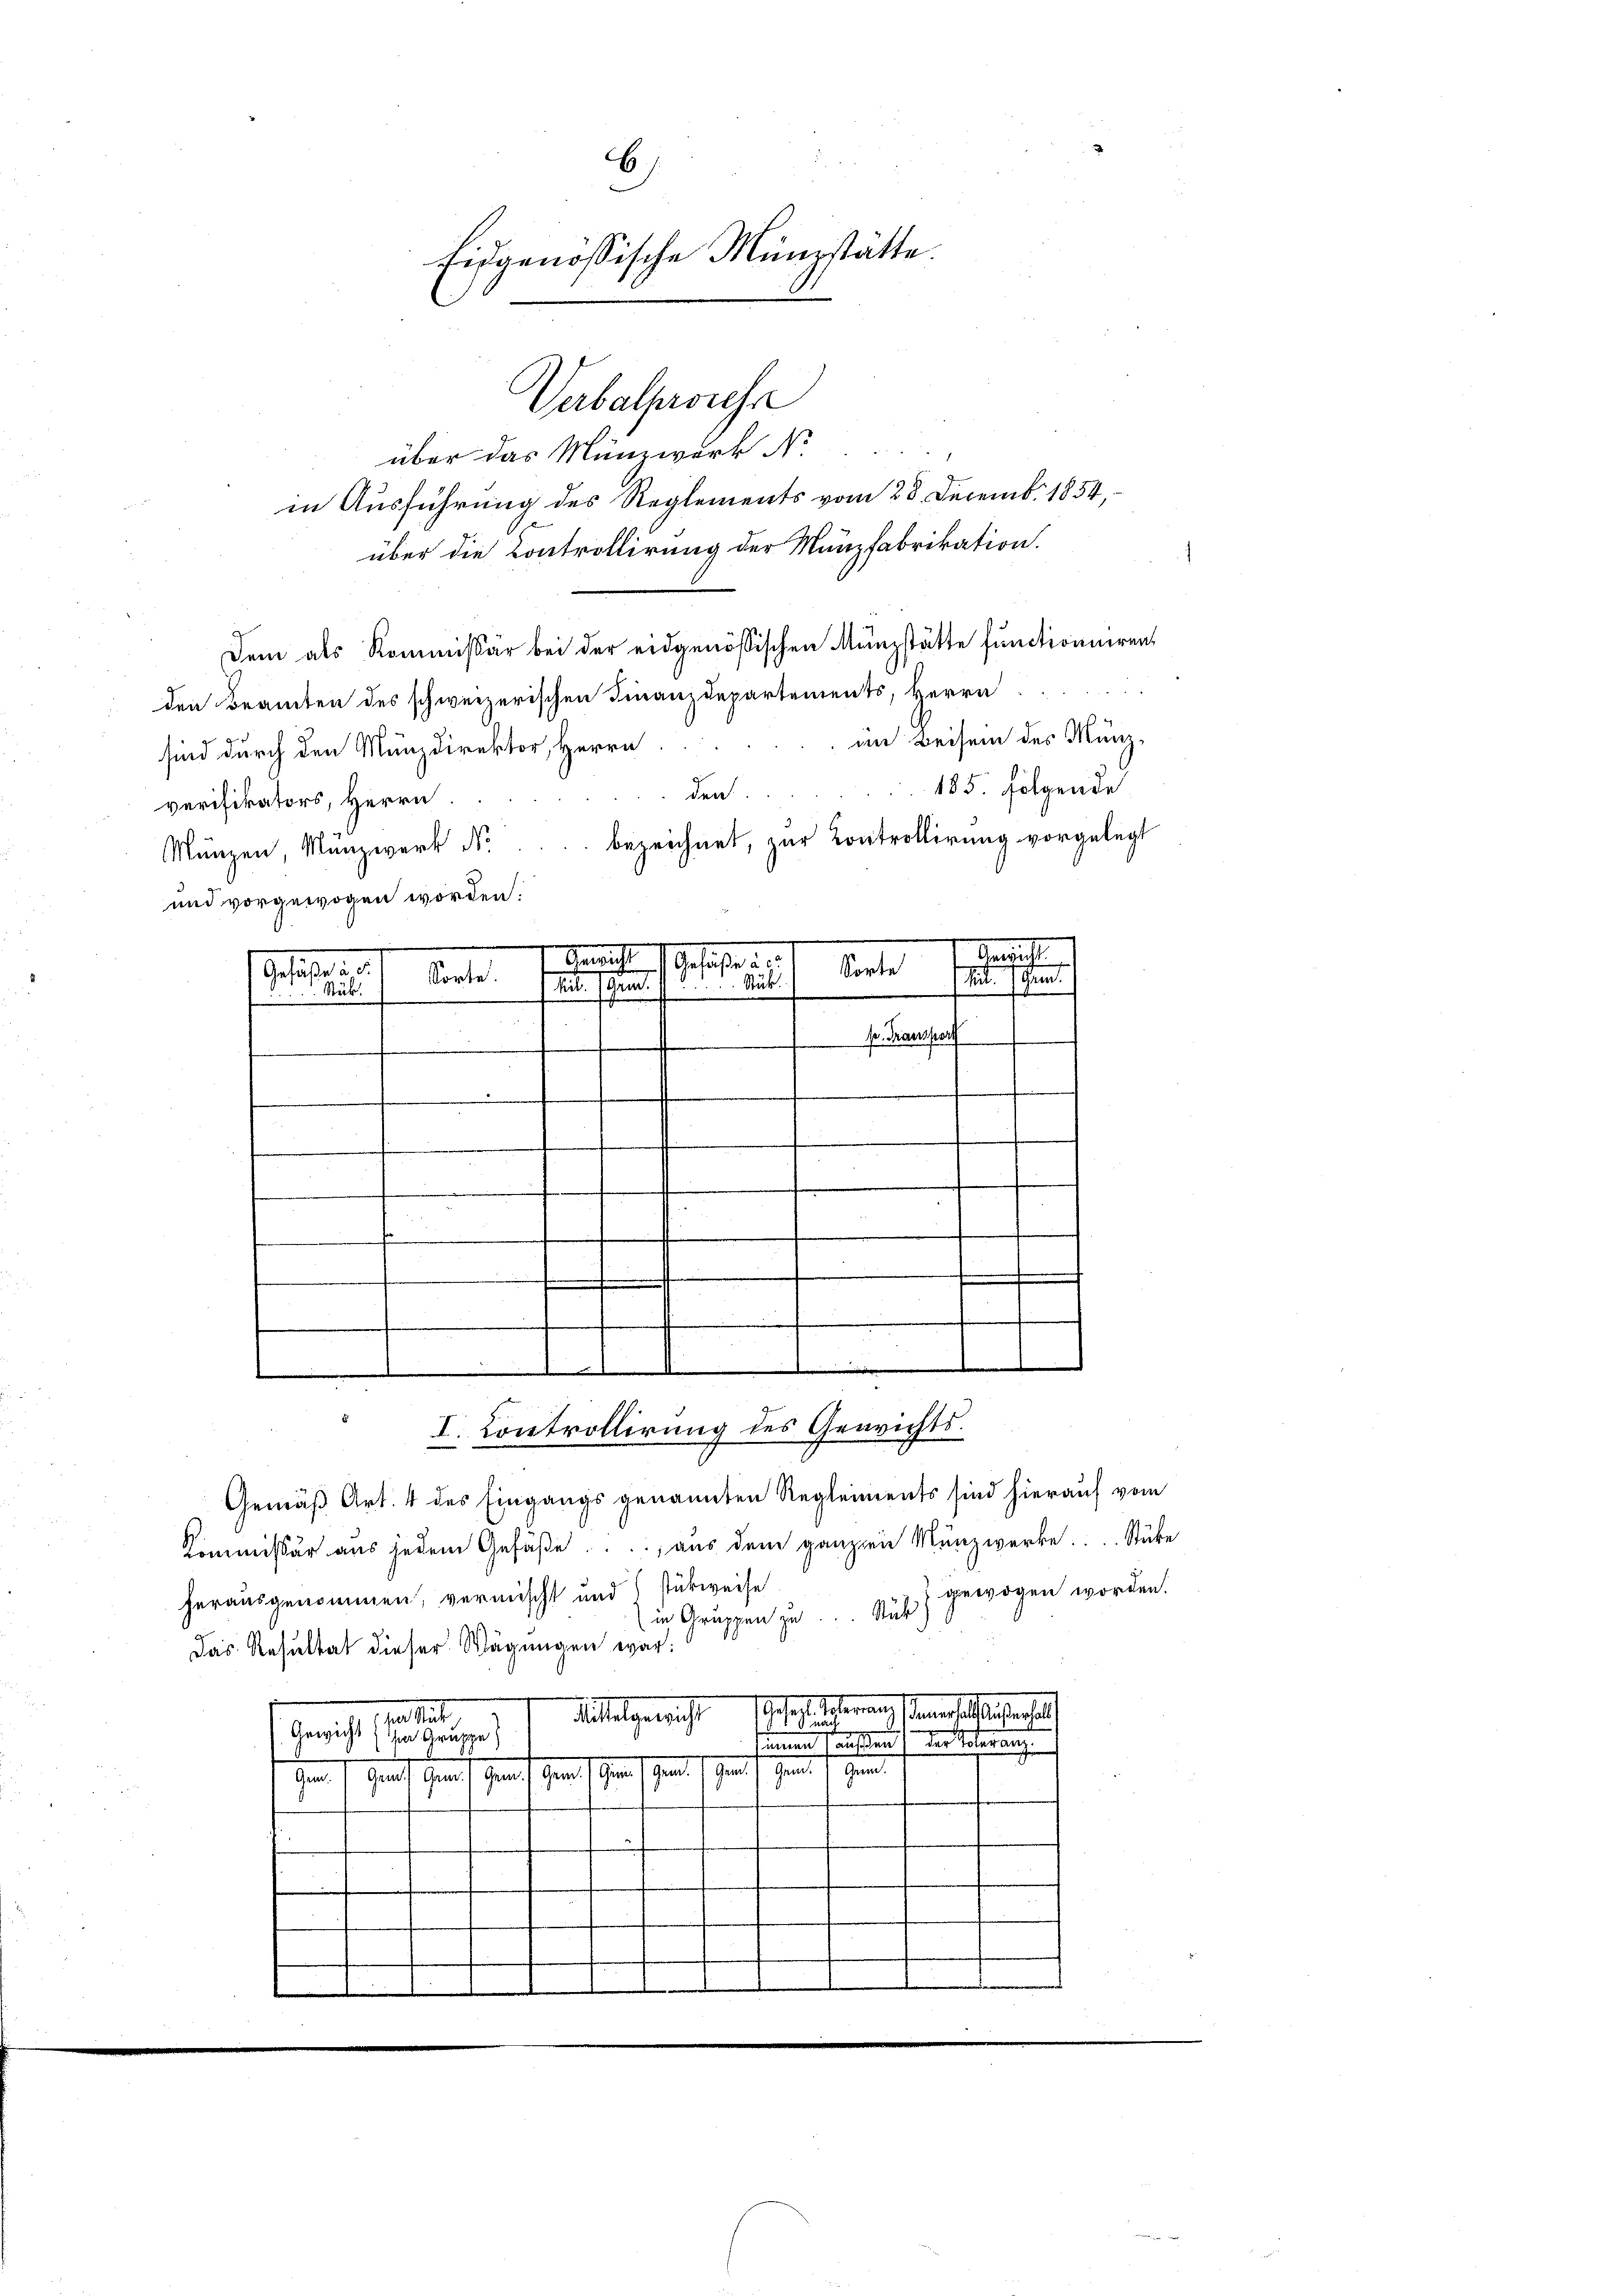
über das Münzwerk No
in Ausführung des Reglements vom 28. Decemb. 1854,
über die Controllirung der Münzfabrikation.
Dem als Kommissär bei der eidgenössischen Münzstätte functioniren
den Beamten des schweizerischen Finanzdepartements, Herrn
im Beisein des Münzsind durch den Munzdirektor, Herrn
185. Folgende
den
verifikators, Herrn
bezeichnet, zur Controllirung vorgelegt
Münzen, Manzwerk No
und vorgewogen worden.
Schif
f Geist
Gefahre

V. Transport
d

Verbalprozesse

Sorte
Gehalten.
it sehen
Sorte. (seits schied. 1. Au
Ställ

6)
Eisgenössische Münzstätte.

11
I. Controllirung des Gerichts¬

gewogen worden.
herausgenommen, vermischt und stückweise
in Gruppen zu Stub
Das Resultat dieser Wägungen war:
Gesagte Mater aus einerselben erhalt
Alaegericht
a stat
Gewicht (im Gruppe)
           der Stern
Hrn. J. Graf herauf herauf gern sichen sehende sehen seine einer eine
I
.

I
Gemäß Art. 4 des Eingangs genannten Regleiments sind hierauf vom
Kommissär aus jedem Gefäße. ..., aus dem ganzen Münzwerke. . . Stücke